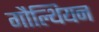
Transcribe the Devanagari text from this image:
गौल्थियन